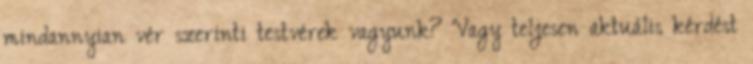
mindannyian vér szerinti testvérek vagyunk? Vagy teljesen aktuális kérdést